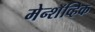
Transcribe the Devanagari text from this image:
मेन्शॅव्हिक